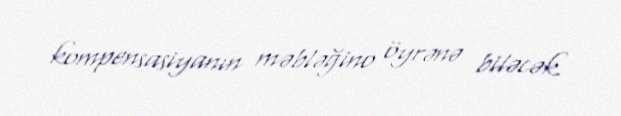
kompensasiyanın məbləğino öyrənə biləcək.